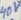
Text: 40V~